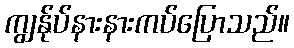
ကျွန်ုပ်နားနားကပ်ပြောသည်။